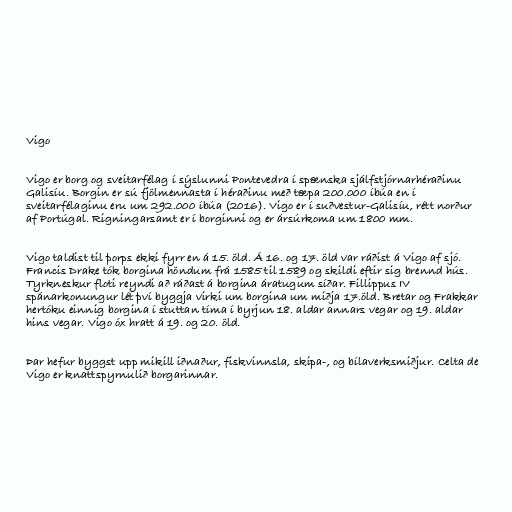
Vigo

Vigo er borg og sveitarfélag í sýslunni Pontevedra í spænska sjálfstjórnarhéraðinu
Galisíu. Borgin er sú fjölmennasta í héraðinu með tæpa 200.000 íbúa en í
sveitarfélaginu eru um 292.000 íbúa (2016). Vigo er í suðvestur-Galisíu, rétt norður
af Portúgal. Rigningarsamt er í borginni og er ársúrkoma um 1800 mm.

Vigo taldist til þorps ekki fyrr en á 15. öld. Á 16. og 17. öld var ráðist á Vigo af sjó.
Francis Drake tók borgina höndum frá 1585 til 1589 og skildi eftir sig brennd hús.
Tyrkneskur floti reyndi að ráðast á borgina áratugum síðar. Fillippus IV
spánarkonungur lét því byggja virki um borgina um miðja 17.öld. Bretar og Frakkar
hertóku einnig borgina í stuttan tíma í byrjun 18. aldar annars vegar og 19. aldar
hins vegar. Vigo óx hratt á 19. og 20. öld.

Þar hefur byggst upp mikill iðnaður, fiskvinnsla, skipa-, og bílaverksmiðjur. Celta de
Vigo er knattspyrnulið borgarinnar.